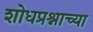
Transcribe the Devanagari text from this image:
शोधप्रश्नाच्या